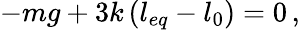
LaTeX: -mg+3k\left(l_{eq}-l_{0}\right)=0\, ,